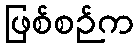
ဖြစ်စဉ်က